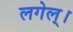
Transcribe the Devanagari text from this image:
लगेल्।